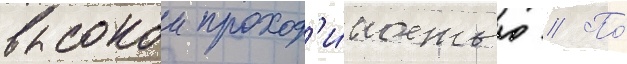
высокои проход'и́мостью // По́